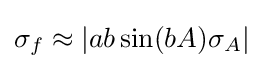
\sigma _{f}\approx \left|ab\sin(bA)\sigma _{A}\right|